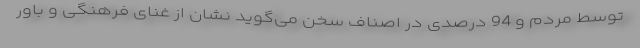
توسط مردم و 94 درصدی در اصناف سخن می‌گوید نشان از غنای فرهنگی و باور